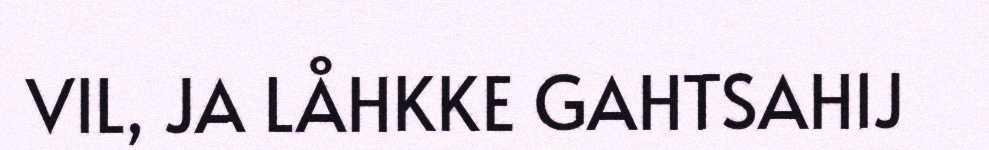
VIL, JA LÅHKKE GAHTSAHIJ